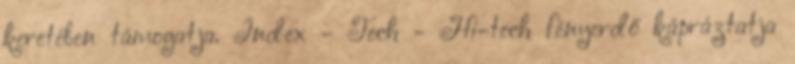
keretében támogatja. Index - Tech - Hi-tech fényerdő kápráztatja